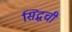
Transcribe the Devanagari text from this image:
सिद्धची